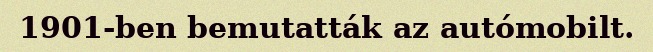
1901-ben bemutatták az autómobilt.